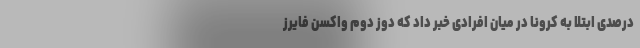
درصدی ابتلا به کرونا در میان افرادی خبر داد که دوز دوم واکسن فایرز